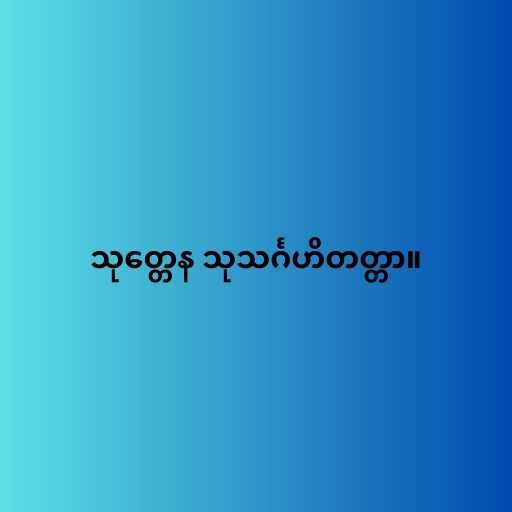
သုတ္တေန သုသင်္ဂဟိတတ္တာ။